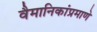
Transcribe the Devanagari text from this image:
वैमानिकांप्रमाणे